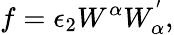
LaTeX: f=\epsilon_{2}W^{\alpha}W_{\alpha}^{'},